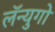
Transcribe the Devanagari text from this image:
लॅन्युगो